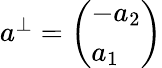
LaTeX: \begin{array}{r}{a^{\perp}=\left(\begin{array}{l}{-a_{2}}\\ {a_{1}}\end{array}\right)}\end{array}